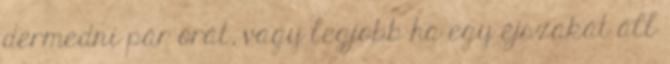
dermedni pár órát, vagy legjobb ha egy éjszakát áll